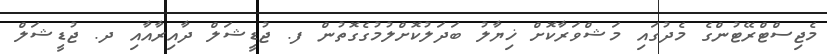
މެޖިސްޓްރޭޓުންގެ މެދުގައި މަޝްވަރާކޮށް ޚިޔާލު ބަދަލުކޮށްލުމުގެގޮތުން ފ. ޖުޑީޝަލް ދާއިރާއާއި ދ. ޖުޑީޝަލް